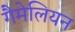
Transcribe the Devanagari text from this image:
गैमेलियन